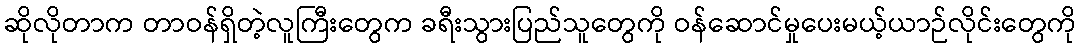
ဆိုလိုတာက တာဝန်ရှိတဲ့လူကြီးတွေက ခရီးသွားပြည်သူတွေကို ဝန်ဆောင်မှုပေးမယ့်ယာဉ်လိုင်းတွေကို